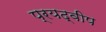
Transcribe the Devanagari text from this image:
प्रयद्वीप